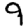
Digit: 9